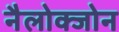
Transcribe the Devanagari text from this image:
नैलोक्जोन